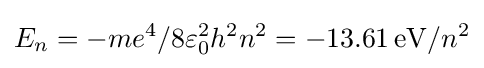
E_{n}=-me^{4}/8\varepsilon _{0}^{2}h^{2}n^{2}=-13.61\,\mathrm {eV} /n^{2}